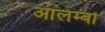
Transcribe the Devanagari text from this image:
आलम्बों